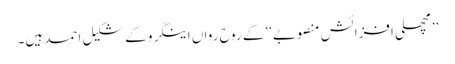
’’مچھلی افزائش منصوبے‘‘ کے روح رواں اینگرو کے شکیل احمد ہیں۔